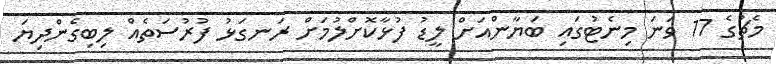
މެޗުގެ 17 ވަނަ މިނެޓުގައި ބަޔާންއަށް ލީޑު ފުޅާކޮށްލުމަށް ރަނގަޅު ފުރުސަތެއް ލިބިގެންދިޔަ